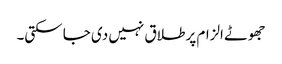
جھوٹے الزام پر طلاق نہیں دی جا سکتی۔